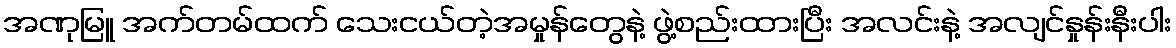
အဏုမြူ အက်တမ်ထက် သေးငယ်တဲ့အမှုန်တွေနဲ့ ဖွဲ့စည်းထားပြီး အလင်းနဲ့ အလျင်နှုန်းနီးပါး